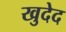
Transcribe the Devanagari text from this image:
खुदेद